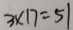
3 \times 1 7 = 5 1